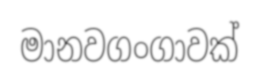
මානවගංගාවක්